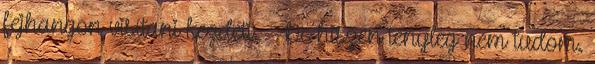
fejhangon visítani kezdett. – De hiszen tényleg nem tudom.